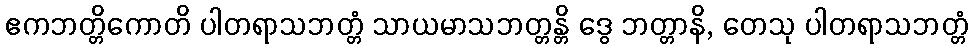
ဧကဘတ္တိကောတိ ပါတရာသဘတ္တံ သာယမာသဘတ္တန္တိ ဒွေ ဘတ္တာနိ, တေသု ပါတရာသဘတ္တံ